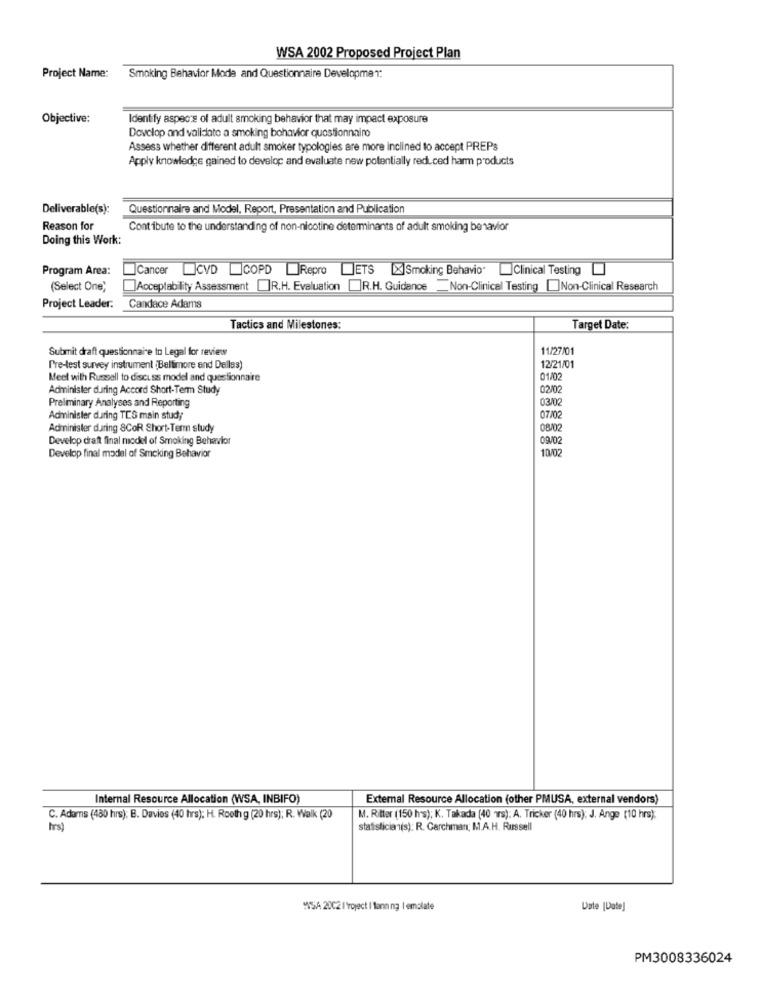
WSA 2002 Proposed Project Plan
Project Name: Smoking Behavior Mode and Questionnaire Development:
Objective:
Identify aspects of adult smoking behavior that may impact exposure
Develop and validato a smoking behavior questionnaire
Assess whether different adult smoker typologies are more inclined to accept PREPs
Apply knowledge gained to develop and evaluate new potentially reduced harm products
Deliverable(s):
Questionnaire and Model, Report, Presentation and Publication
Reason for
Contribute to the understanding of non-nicotine determinants of adult smoking benavior
Doing this Work:
Program Area:
Cancer LICVD COPD Repro LETS [X]Smoking Behavio"
Clinical Testing
(Select One)
Acceptability Assessment []R.H. Evaluation []R.H. Guidance Non-Clinical Testing []Non-Clinical Research
Project Leader: Candace Adams
Tactics and Milestones:
Target Date:
Submit draft questionnaire to Legal for review
11/27/01
12/21/01
Pre-test survey instrument (Baltimore and Dellas)
Meet with Russell to discuss model and questionnaire
01/0
Administer during Accord Short-Term Study
02/0
Preliminary Analyses and Reporting
03/0
Administer during TCS main study
07/02
Administer during &CoR Short-Term study
Develop draft final model of Smoking Behavior
09/0
10/02
Develop final model of Smoking Behavior
Internal Resource Allocation (WSA, INBIFO)
External Resource Allocation (other PMUSA, external vendors)
C. Adams (480 hrs); B. Davies (40 hrs); H. Rooth g (20 hrs); R. Walk (20
M. Ritter (150 hs); K. Takada (40 wrs): A. Tricker (40 hrs); J. Ange (10 hrs):
hrs)
statistician(s): R. Garchman; M.A.H. Russell
WSA 2002 I'roject I tanning | emalate
Uste [Date]
PM3008336024